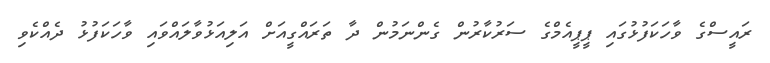
ރައީސްގެ ވާހަކަފުޅުގައި ޕީޕީއެމްގެ ސަރުކާރުން ގެންނަމުން ދާ ތަރައްގީއަށް އަލިއަޅުވާލައްވައި ވާހަކަފުޅު ދެއްކެވި